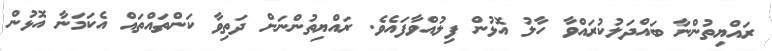
ރައްޔިތުންނާ ބައްދަލުކުރައްވާ ހާލު އޮޅުން ފިލުއްވާފައެވެ. ރައްޔިތުންނަށް ދަތިވާ ކަންތައްތައް އެކަމަނާ އޮޅުން